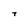
Character: T